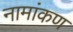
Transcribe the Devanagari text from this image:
नामांकण